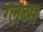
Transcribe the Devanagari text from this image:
ग्लब्स